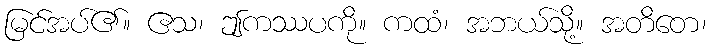
မြင်အပ်၏။ ဧသ၊ ဤကဿပကို။ ကထံ၊ အဘယ်သို့။ အတိတေ၊